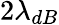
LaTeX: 2\lambda_{dB}